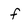
Character: f